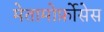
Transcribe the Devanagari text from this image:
मेतामोर्फ़ोसेस